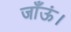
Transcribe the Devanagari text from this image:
जाँऊं।